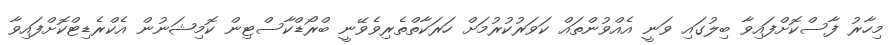
މިހާރު ފާސްކޮށްފައިވާ ބިލުގައި ވަނީ އެއްވުންތައް ކަވަރުކުރުމަށް ހަރަކާތްތެރިވެވޭނީ ބްރޯޑްކާސްޓިން ކޮމިޝަނުން އެކްރެޑިޓްކޮށްފައިވާ